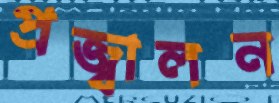
প্রজ্বালন